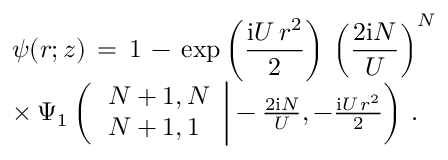
\begin{array} { l } { \displaystyle \psi ( \boldsymbol { r } ; z ) \, = \, 1 \, - \, \exp \left( \frac { \mathrm { i } U \, r ^ { 2 } } 2 \right) \, \left( \frac { 2 \mathrm { i } N } U \right) ^ { N } \, } \\ { \times \, \Psi _ { 1 } \left( \left. \begin{array} { l } { N + 1 , N } \\ { N + 1 , 1 } \end{array} \right| - \frac { 2 \mathrm { i } N } U , - \frac { \mathrm { i } U \, r ^ { 2 } } 2 \right) \, . } \end{array}